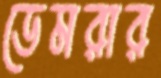
ডেমরার